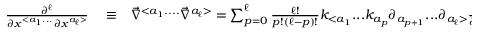
\begin{array} { r l r } { \frac { \partial ^ { \ell } } { \partial x ^ { < a _ { 1 } . . . } \partial x ^ { a _ { \ell } > } } } & { { } \equiv } & { { \vec { \nabla } } ^ { < a _ { 1 } . . . . } { \vec { \nabla } } ^ { a _ { \ell } > } = \sum _ { p = 0 } ^ { \ell } \frac { \ell ! } { p ! ( \ell - p ) ! } k _ { < a _ { 1 } } . . . k _ { a _ { p } } \partial _ { a _ { p + 1 } } . . . \partial _ { a _ { \ell } > } \frac { \partial ^ { p } } { \partial \tau ^ { p } } + { \cal O } ( r _ { g } ) , } \end{array}